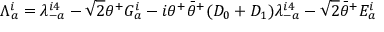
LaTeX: \Lambda _ { a } ^ { i } = \lambda _ { - a } ^ { i 4 } - \sqrt 2 \theta ^ { + } G _ { a } ^ { i } - i \theta ^ { + } { \bar { \theta } } ^ { + } ( D _ { 0 } + D _ { 1 } ) \lambda _ { - a } ^ { i 4 } - \sqrt 2 { \bar { \theta } } ^ { + } E _ { a } ^ { i }